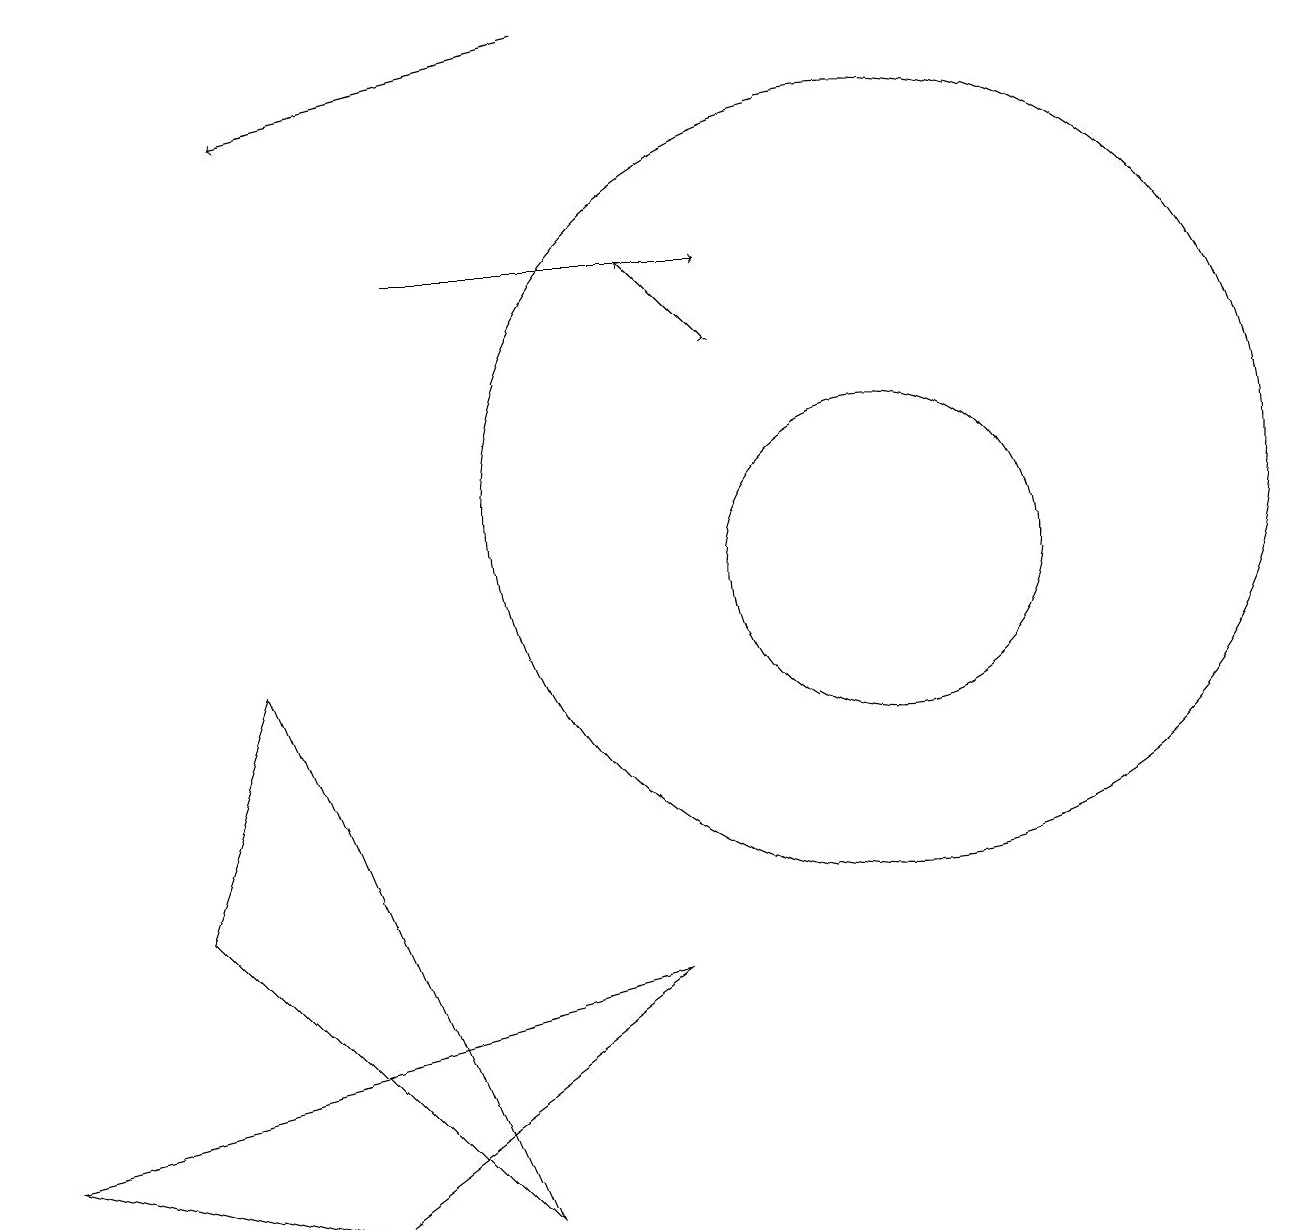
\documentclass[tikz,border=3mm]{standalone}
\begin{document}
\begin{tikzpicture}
\draw (3,9) -- (6,2) -- (2,6) -- cycle;
\draw (8,5) -- (0,3) -- (4,2) -- cycle;
\draw (11,10) circle (2);
\draw[->] (9,13) -- (8,14);
\draw (11,11) circle (5);
\draw[->] (9,13) -- (9,13);
\draw[->] (5,14) -- (9,14);
\draw[->] (7,17) -- (3,16);
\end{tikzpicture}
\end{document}